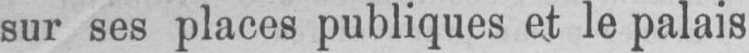
sur ses places publiques et le palais